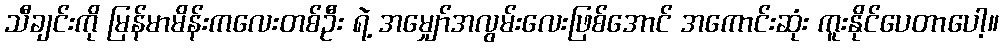
သီချင်းကို မြန်မာမိန်းကလေးတစ်ဦး ရဲ့ အမျှော်အလွမ်းလေးဖြစ်အောင် အကောင်းဆုံး ကူးနိုင်ပေတာပေါ့။